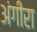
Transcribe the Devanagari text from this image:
अंगीरा